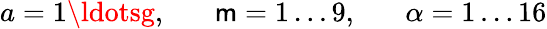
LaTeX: a=1\ldotsg,\; \; \; \; \; \; \mathsf{m}=1\ldots9,\; \; \; \; \; \; \alpha=1\ldots16